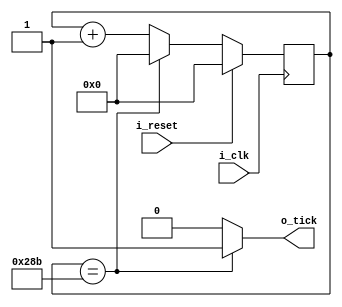
`timescale 1ns / 1ps

module baud_rate_generator
#(
    parameter CLK_FREQ = 100000000,
    parameter BAUD_RATE = 9600
)
(
    input i_clk,
    input i_reset,
    output o_tick
);
    localparam COUNT_MAX_VALUE = CLK_FREQ / (BAUD_RATE * 16);
    localparam NB_COUNTER = $clog2(COUNT_MAX_VALUE);
    //localparam COUNT_MAX_VALUE = 163;
    //localparam NB_COUNTER = 8;

    reg tick;
    reg [NB_COUNTER-1:0] counter;
    
    always @(posedge i_clk)
    begin
        if(i_reset)
        begin
            counter <= 0;
        end
            
        else
        begin
            if(counter==COUNT_MAX_VALUE)
            begin
               counter <= 0;
            end
            else
            begin
                counter <= counter + 1;
            end       
        end
    end
    
    always@(*)
    begin
    if(counter==COUNT_MAX_VALUE)
        tick = 1;
    else
        tick = 0;
    end
    
    assign o_tick = tick;
    
endmodule